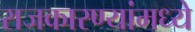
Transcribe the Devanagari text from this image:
राजकारण्यांमध्ये